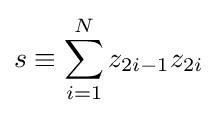
s\equiv \sum _{i=1}^{N}z_{2i-1}z_{2i}